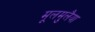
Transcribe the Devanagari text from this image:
मूलमुलैया